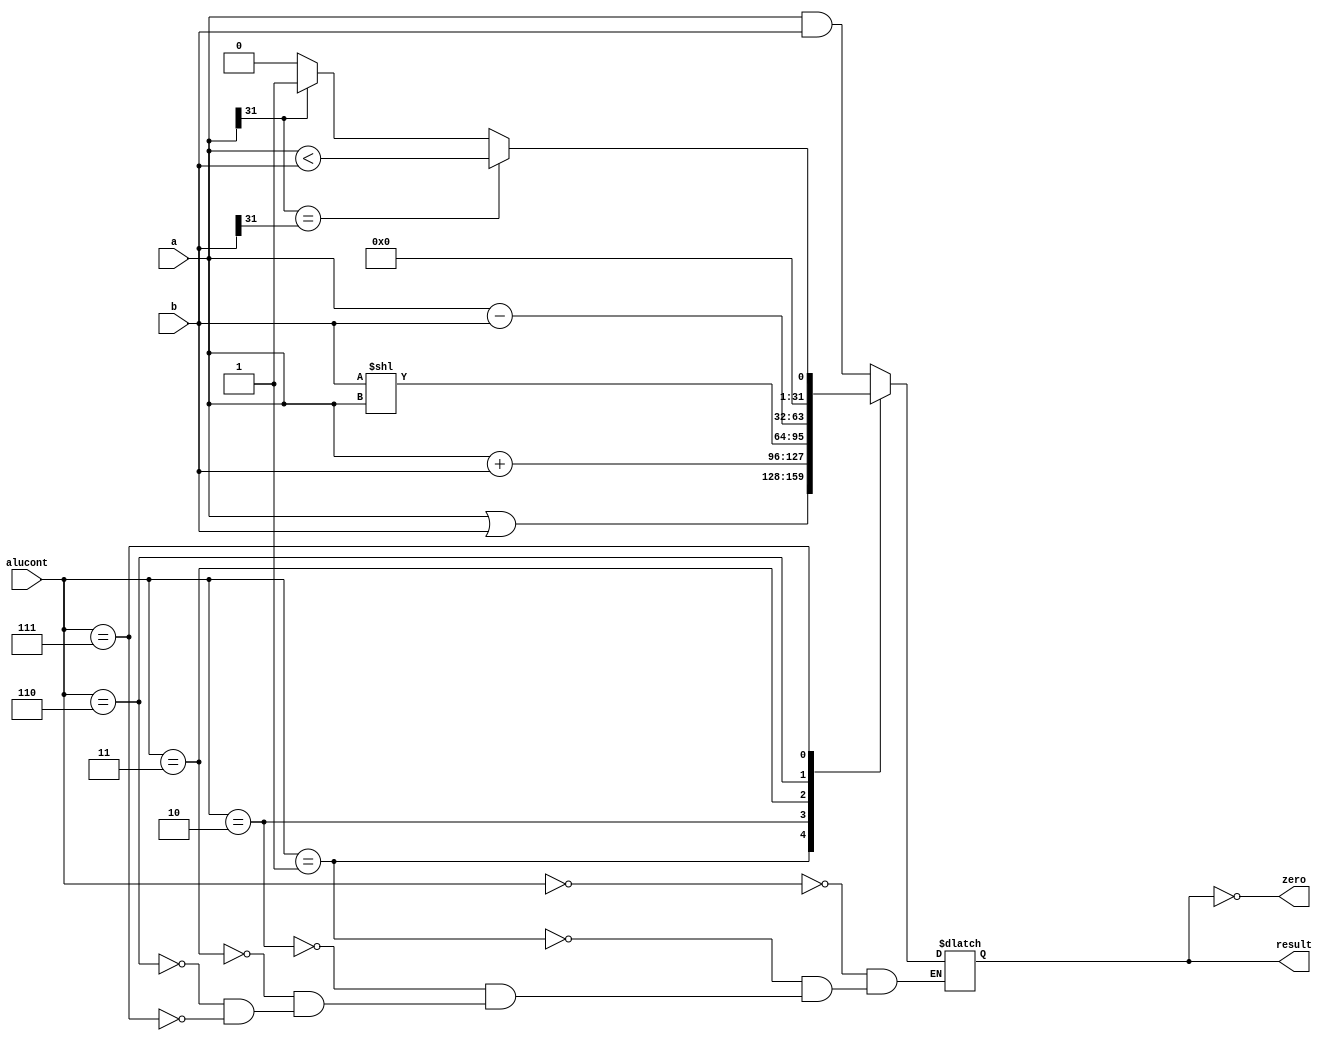
`timescale 1ns / 1ps
module alu(
	input [31:0]a,
	input [31:0]b,
	input [2:0]alucont,
	output reg [31:0]result,
	output zero
);

reg sltresult=0;
always @(*)
    begin
    if(a[31] == b[31]) sltresult = (a<b);
    else if(a[31]==1) sltresult = 1;
    else sltresult = 0;  
    end

always @(*)
	case(alucont)
		// each of the instructions in the ALU during Execute stage.
	// ported from single-cycle mips as ALU did not need to be modified!
	// output of ALU, aluout, is input into the EX/M pipeline register.
		3'b000: result = a&b; //and
		3'b001: result = a|b; //or
		3'b010: result = a+b; //add
		3'b011: result = b << a; //not used
		3'b110: result = a-b; //sub
		3'b111: result = sltresult;//slt
	endcase

assign #1 zero = !result;

endmodule